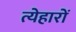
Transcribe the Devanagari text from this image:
त्येहारों